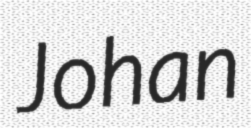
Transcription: Johan